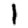
Digit: 1